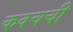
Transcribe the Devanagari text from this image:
कवचची